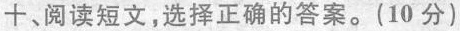
十、阅读短文，选择正确的答案。（10 分）